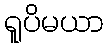
ရူပိမယာ